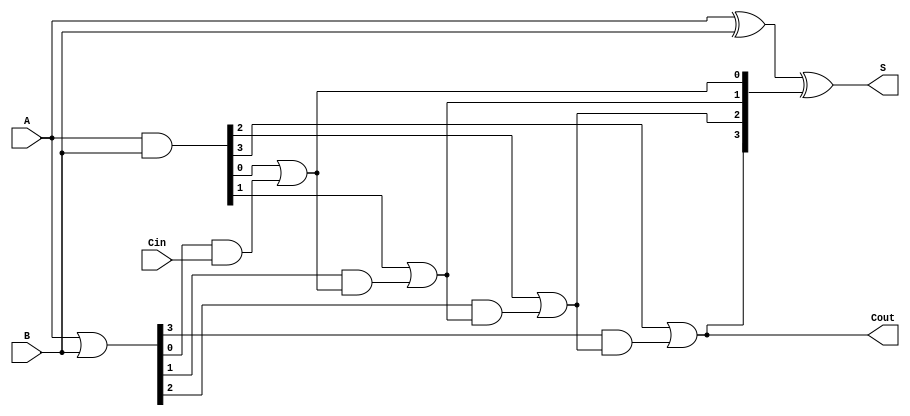
module RCLA #(parameter N = 4) (
    input  [N-1:0] A,      // First n-bit input
    input  [N-1:0] B,      // Second n-bit input
    input          Cin,     // Input carry
    output [N-1:0] S,      // n-bit sum output
    output         Cout     // Output carry
);

    // Generate and propagate signals
    wire [N-1:0] G;        // Generate signals
    wire [N-1:0] P;        // Propagate signals
    wire [N:0] C;          // Carry signals

    // Generate and Propagate calculation
    assign G = A & B;      // Generate: Gi = Ai AND Bi
    assign P = A | B;      // Propagate: Pi = Ai OR Bi
    
    // Carry computation - Lookahead logic
    assign C[0] = Cin;     // Initial carry input
    genvar i;
    generate
        for (i = 0; i < N; i = i + 1) begin : carry_calculation
            assign C[i+1] = G[i] | (P[i] & C[i]);
        end
    endgenerate

    // Sum calculation
    assign S = A ^ B ^ C[N:1]; // Sum: Si = Ai XOR Bi XOR Ci

    // Final carry output
    assign Cout = C[N]; // Output carry

endmodule